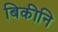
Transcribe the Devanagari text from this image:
बिकीनि